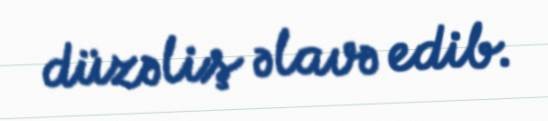
düzəliş əlavə edib.